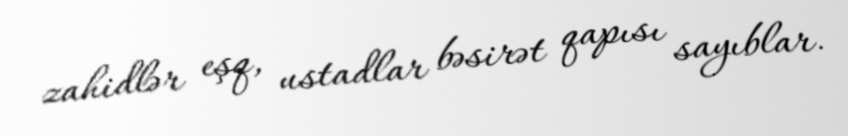
zahidlər eşq, ustadlar bəsirət qapısı sayıblar.